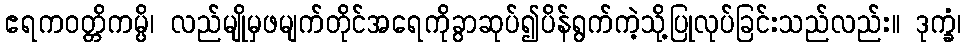
ဧရကဝတ္တိကမ္ပိ၊ လည်မျိုမှဖမျက်တိုင်အရေကိုခွာဆုပ်၍ပိန်ရွက်ကဲ့သို့ပြုလုပ်ခြင်းသည်လည်း။ ဒုက္ခံ၊